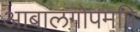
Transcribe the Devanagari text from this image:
आबालगोपमपि